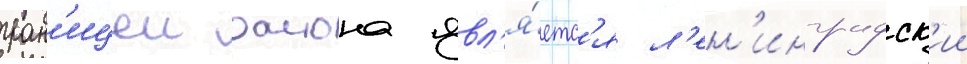
гран'ицеи раиона явл'я́етс'я л'ен'инградск'ии